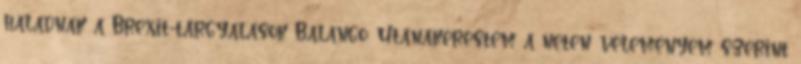
haladnak a Brexit-tárgyalások Balango: Utánakerestem a neten: véleményem szerint